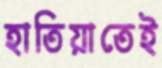
হাতিয়াতেই